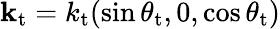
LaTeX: {\mathbf k}_{\mathrm{t}}=k_{\mathrm{t}}(\sin\theta_{\mathrm{t}},0,\cos\theta_{\mathrm{t}})